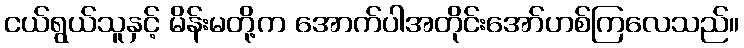
ငယ်ရွယ်သူနှင့် မိန်းမတို့က အောက်ပါအတိုင်းအော်ဟစ်ကြလေသည်။